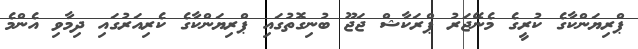
ޕްރިޔަންކާގެ ކުރީގެ މެނޭޖަރު ޕްރަކާޝް ޖަޖޫ ބުނިގޮތުގައި ޕްރިޔަންކާގެ ކެރިއަރުގައި ދިމާވި އެންމެ